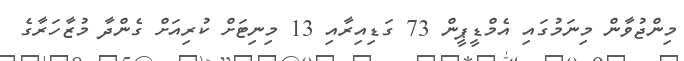
މިންޖުވާން މިނަމުގައި އެމްޑީޕީން 73 ގަޑިއިރާއި 13 މިނިޓަށް ކުރިއަށް ގެންދާ މުޒާހަރާގެ